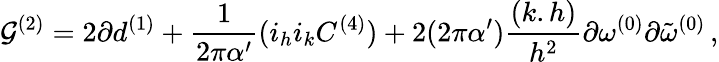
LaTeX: {\cal G}^{(2)}=2\partial d^{(1)}+\frac{1}{2\pi\alpha^{\prime}}(i_{h}i_{k}C^{(4)})+2(2\pi\alpha^{\prime})\frac{(k.h)}{h^{2}}\partial\omega^{(0)}\partial{\tilde{\omega}}^{(0)}\, ,